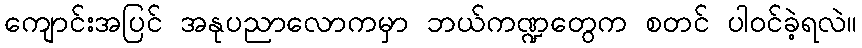
ကျောင်းအပြင် အနုပညာလောကမှာ ဘယ်ကဏ္ဍတွေက စတင် ပါဝင်ခဲ့ရလဲ။